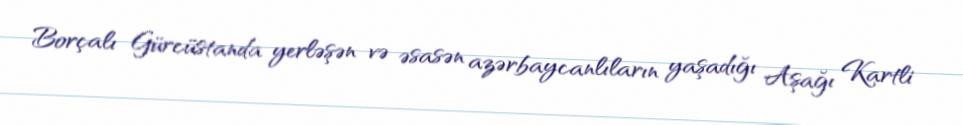
Borçalı Gürcüstanda yerləşən və əsasən azərbaycanlıların yaşadığı Aşağı Kartli